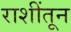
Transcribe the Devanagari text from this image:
राशींतून